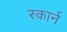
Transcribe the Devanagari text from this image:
स्कार्न